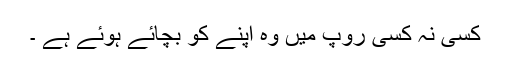
کسی نہ کسی روپ میں وہ اپنے کو بچائے ہوئے ہے ۔